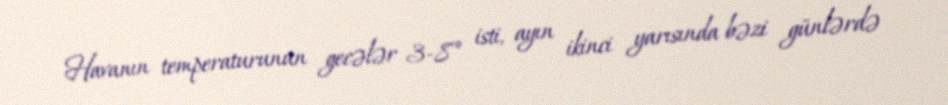
Havanın temperaturunun gecələr 3-8° isti, ayın ikinci yarısında bəzi günlərdə